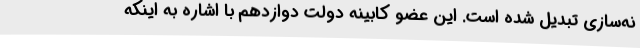
نه‌سازی تبدیل شده است. این عضو کابینه دولت دوازدهم با اشاره به اینکه